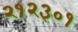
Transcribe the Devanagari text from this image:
२१२३०१